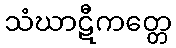
သံဃာဋီကတ္တေ